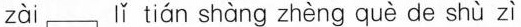
zà lǐ tián shàng zhèng què de shù zì